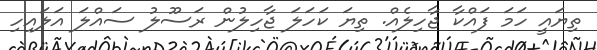
ތިޔައީ ހަމަ ފައްކާ ޖާހިލެއް. ތިޔަ ކަހަލަ ޖާހިލުން ރަސޫލު ސައްލަ އަލައިިހި